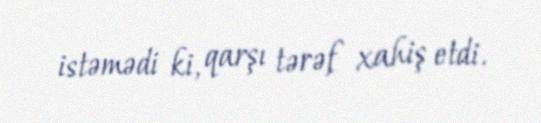
istəmədi ki, qarşı tərəf xahiş etdi.